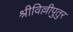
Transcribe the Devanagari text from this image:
श्रीविल्लीपुतुर